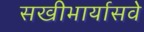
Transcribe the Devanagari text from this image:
सखीभार्यासवे